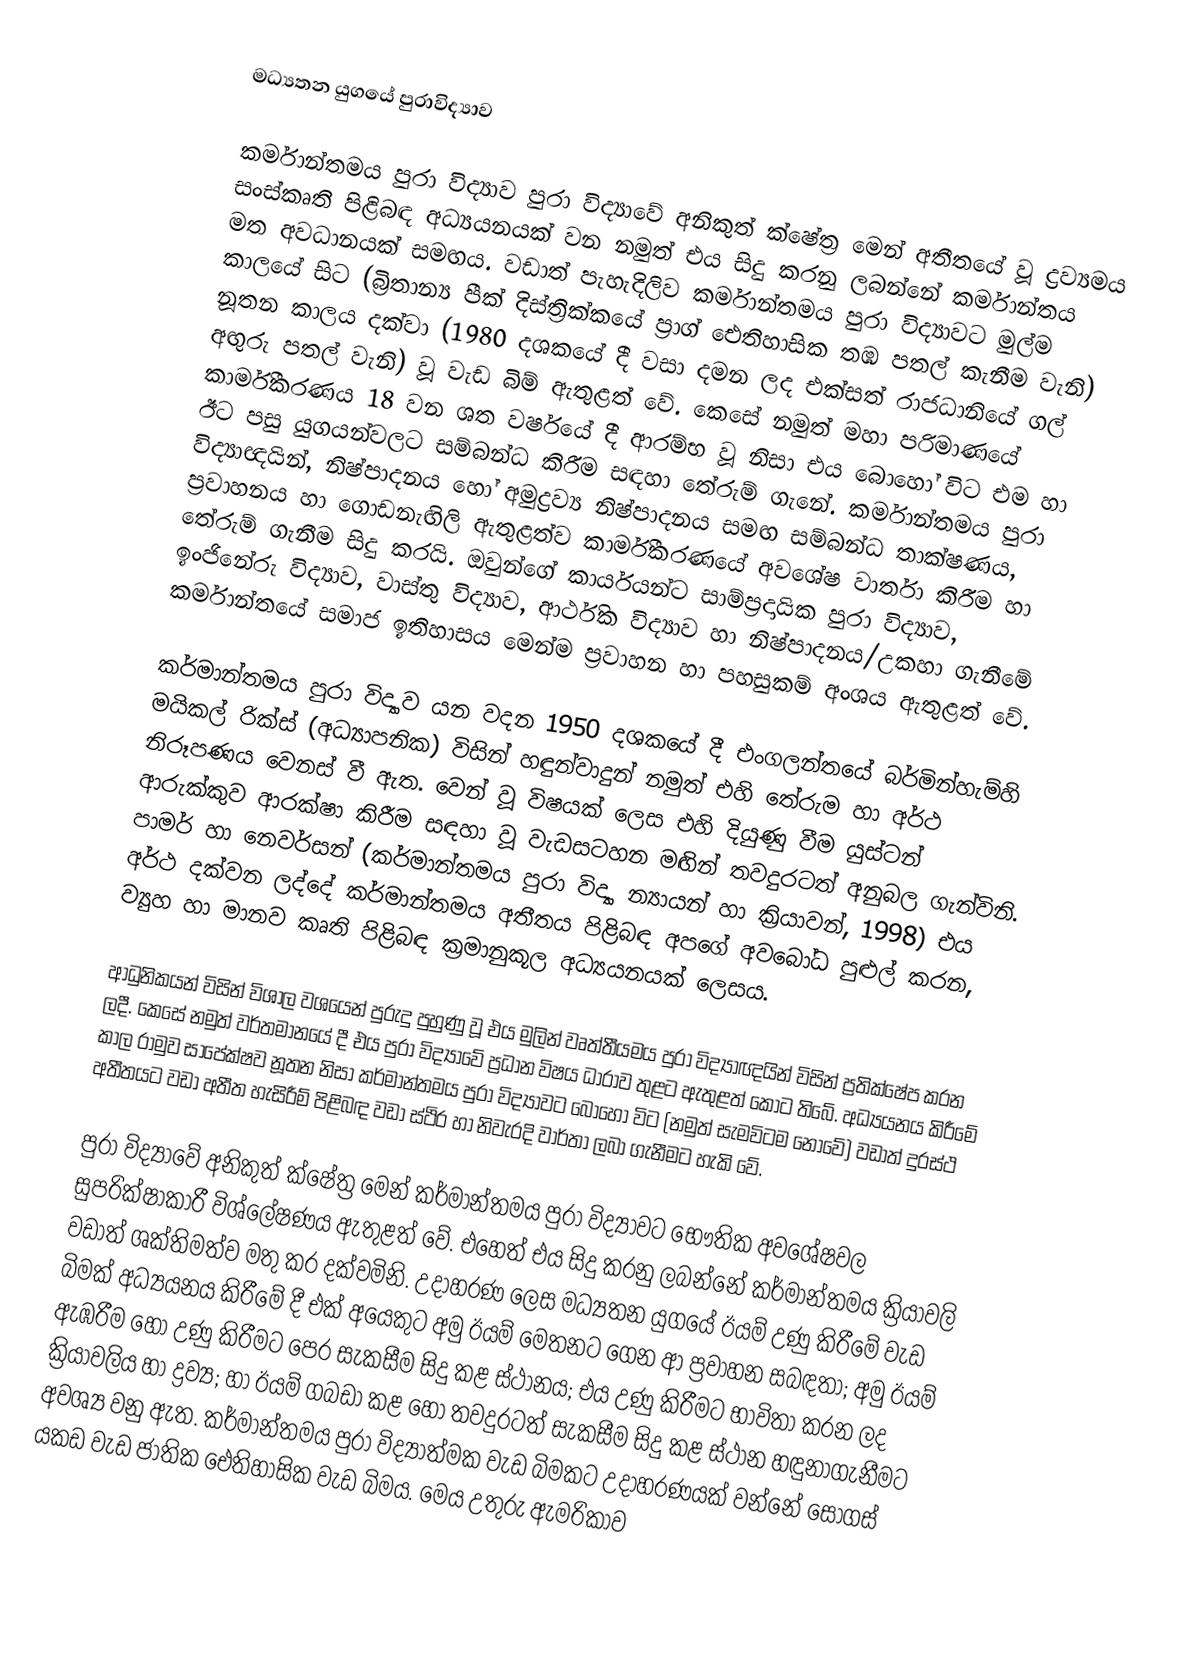
මධ්‍යතන යුගයේ පුරාවිද්‍යාව

කර්මාන්තමය පුරා විද්‍යාව පුරා විද්‍යාවේ අනිකුත් ක්ෂේත්‍ර මෙන් අතීතයේ වූ ද්‍රව්‍යමය සංස්කෘති පිළිබඳ අධ්‍යයනයක් වන නමුත් එය සිදු කරනු ලබන්නේ කර්මාන්තය මත අවධානයක් සමඟය. වඩාත් පැහැදිලිව කර්මාන්තමය පුරා විද්‍යාවට මුල්ම කාලයේ සිට (බ්‍රිතාන්‍ය පීක් දිස්ත්‍රික්කයේ ප්‍රාග් ඓතිහාසික තඹ පතල් කැනීම වැනි) නූතන කාලය දක්වා (1980 දශ‍කයේ දී වසා දමන ලද එක්සත් ‍රාජධානියේ ගල් අඟුරු පතල් වැනි) වූ වැඩ බිම් ඇතුළත් වේ. කෙසේ නමුත් මහා පරිමාණයේ කාර්මීකරණය 18 වන ශත වර්ෂයේ දී ආරම්භ වූ නිසා එය බොහෝ විට එම හා ඊට පසු යුගයන්වලට සම්බන්ධ කිරීම සඳහා තේරුම් ගැනේ. කර්මාන්තමය පුරා විද්‍යාඥයින්, නිෂ්පාදනය හෝ අමුද්‍රව්‍ය නිෂ්පාදනය සමඟ සම්බන්ධ තාක්ෂණය, ප්‍රවාහනය හා ගොඩනැඟිලි ඇතුළත්ව කාර්මීකරණයේ අවශේෂ වාර්තා කිරීම හා තේරුම් ගැනීම සිදු කරයි. ඔවු‍න්ගේ කාර්යයන්ට සාම්ප්‍රදායික පුරා විද්‍යාව, ඉංජිනේරු විද්‍යාව, වාස්තු විද්‍යාව, ආර්ථික විද්‍යාව හා නිෂ්පාදනය/උකහා ගැනීමේ කර්මාන්තයේ සමාජ ඉතිහාසය මෙන්ම ප්‍රවාහන හා පහසුකම් අංශය ඇතුළත් වේ.

කර්මාන්තමය පුරා විද්‍යාව යන වදන 1950 දශකයේ දී එංගලන්තයේ බර්මින්හැම්හි මයිකල් රික්ස් (අධ්‍යාපනික) විසින් හඳුන්වාදුන් නමුත් එහි තේරුම හා අර්ථ නිරූපණය වෙනස් වී ඇත. වෙන් වූ විෂයක් ලෙස එහි දියුණු වීම යුස්ටන් ආරුක්කුව ආරක්ෂා කිරීම සඳහා වූ වැඩසටහන මඟින් තවදුරටත් අනුබල ගැන්විනි. පාමර් හා නෙවර්සන් (කර්මාන්තමය පුරා විද්‍යා න්‍යායන් හා ක්‍රියාවන්, 1998) එය අර්ථ දක්වන ලද්දේ කර්මාන්තමය අතීතය පිළිබඳ අපගේ අවබෝධ පුළුල් කරන, ව්‍යුහ හා මානව කෘති පිළිබඳ ක්‍රමානුකූල අධ්‍යයනයක් ලෙසය.

ආධුනිකයන් විසින් විශාල වශයෙන් පුරුදු පුහුණු වූ එය මුලින් වෘත්තීයමය පුරා විද්‍යාඥයින් විසින් ප්‍රතික්ෂේප කරන ලදී. කෙසේ නමුත් වර්තමානයේ දී එය පුරා විද්‍යාවේ ප්‍රධාන විෂය ධාරාව තුළට ඇතුළත් කොට තිබේ. අධ්‍යයනය කිරීමේ කාල රාමුව සාපේක්ෂව නූතන නිසා කර්මාන්තමය පුරා විද්‍යාවට බොහෝ විට (නමුත් සැමවිටම නොවේ) වඩාත් දුරස්ථ අතීතයට වඩා අතීත හැසිරීම් පිළිබඳ වඩා ස්ථිර හා නිවැරදි වාර්තා ලබා ගැනීමට හැකි වේ.

පුරා විද්‍යාවේ අනිකුත් ක්ෂේත්‍ර මෙන් කර්මාන්තමය පුරා විද්‍යාවට භෞතික අවශේෂවල සුපරික්ෂාකාරී විශ්ලේෂණය ඇතුළත් වේ. එහෙත් එය සිදු කරනු ලබන්නේ කර්මාන්තමය ක්‍රියාවලි වඩාත් ශක්තිමත්ව මතු කර දක්වමිනි. උදාහරණ ලෙස මධ්‍යතන යුගයේ ඊයම් උණු කිරීමේ වැඩ බිමක් අධ්‍යයනය කිරීමේ දී එක් අයෙකුට අමු ඊයම් මෙතනට ගෙන ආ ප්‍රවාහන සබඳතා; අමු ඊයම් ඇඹරීම හෝ උණු කිරීමට පෙර සැකසීම සිදු කළ ස්ථානය; එය උණු කිරීමට භාවිතා කරන ලද ක්‍රියාවලිය හා ද්‍රව්‍ය; හා ඊයම් ගබඩා කළ හෝ තවදුරටත් සැකසීම සිදු කළ ස්ථාන හඳුනාගැනීමට අවශ්‍ය වනු ඇත. කර්මාන්තමය පුරා විද්‍යාත්මක වැඩ බිමකට උදාහරණයක් වන්නේ සෝගස් යකඩ වැඩ ජාතික ඓතිහාසික වැඩ බිමය. මෙය උතුරු ඇමරිකාව